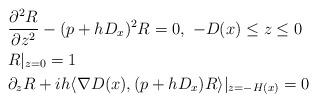
LaTeX: \begin{align*}\begin{aligned}&\frac{\partial^2R}{\partial z^2}-(p+hD_x)^2R=0, \ -D(x)\leq z\leq0\cr \ &R|_{z=0}=1\cr&\partial_zR+ih\langle\nabla D(x),(p+hD_x)R\rangle|_{z=-H(x)}=0\cr\end{aligned}\end{align*}